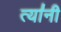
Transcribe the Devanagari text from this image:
त्या॑नी